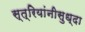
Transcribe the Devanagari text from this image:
स्त्रियांनीसुध्दा